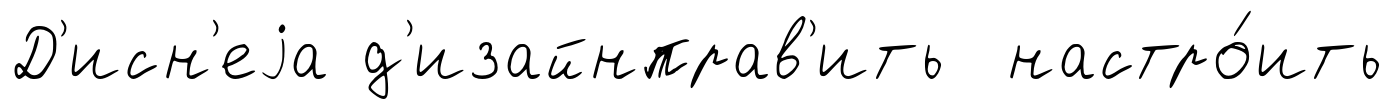
Д'исн'еjа д'изайнправ'ить настро́ить